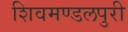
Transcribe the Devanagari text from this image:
शिवमण्डलपुरी